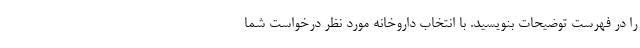
را در فهرست توضیحات بنویسید. با انتخاب داروخانه مورد نظر درخواست شما